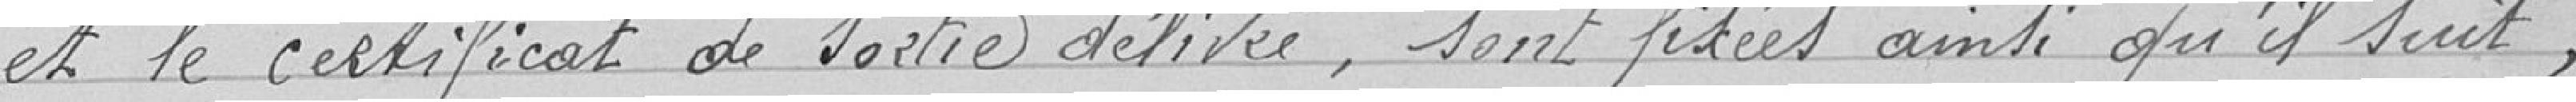
et le certificat de sortie délivrée, sont fixées ainsi qu'il suit,